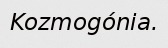
Kozmogónia.